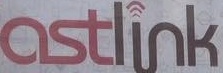
astlink